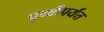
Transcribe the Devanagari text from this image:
पृथ्वीपर्यंत